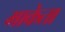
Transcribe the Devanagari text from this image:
माकेता